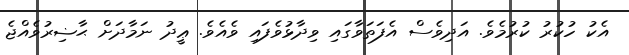
އެކު ހުކުރު ކުރުމެވެ. އަދިވެސް އެފަތަވާގައި ވިދާޅުވެފައި ވެއެވެ. ޢީދު ނަމާދަށް ޙާޟިރުވެއްޖެ